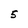
Character: 5